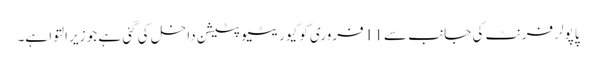
پاپولر فرنٹ کی جانب سے 11 فروری کو کیوریٹیو پٹیشن داخل کی گئی ہے جو زیر التوا ہے۔